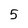
Character: 5